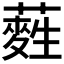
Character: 𮒂